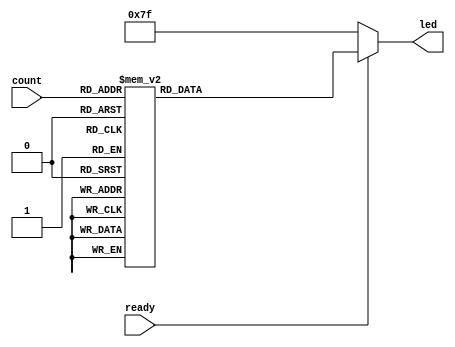
module numToled(count,ready,led);
input [3:0]count;
input ready;
output reg [6:0]led;
always @ (*)
begin
	if(ready==1)
	begin
	case(count)
		4'b1111:led=7'b0001110;
		4'b1110:led=7'b0000110;
		4'b1101:led=7'b0100001;
		4'b1100:led=7'b1000110;
		4'b1011:led=7'b0000011;
		4'b1010:led=7'b0001000;
		4'b1001:led=7'b0010000;
		4'b1000:led=7'b0000000;
		4'b0111:led=7'b1111000;
		4'b0110:led=7'b0000010;
		4'b0101:led=7'b0010010;
		4'b0100:led=7'b0011001;
		4'b0011:led=7'b0110000;
		4'b0010:led=7'b0100100;
		4'b0001:led=7'b1111001;
		4'b0000:led=7'b1000000;
		default:led=7'b1000000;
	endcase
	end
	else
		led=7'b1111111;
end
endmodule